Lunatic asylums in Bengal annual reports 1912-1924 - 1912-1924
Year: 1912
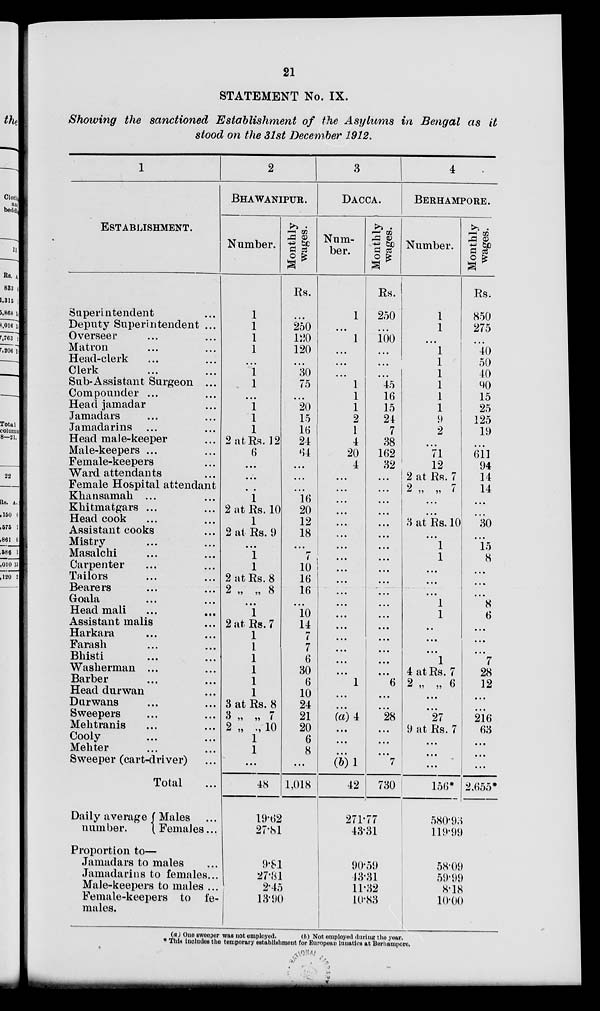
21
STATEMENT No. IX.
Showing the sanctioned Establishment of the Asylums in Bengal as it
stood on the 31st December 1912.
1
ESTABLISHMENT.
Superintendent ...
Deputy Superintendent ...
Overseer ... ...
Matron ... ...
Head-clerk ... ...
Clerk
...
...
Sub-Assistant Surgeon ...
Compounder ... ...
Head jamadar ... ...
Jamadars ... ...
Jamadarins ... ...
Head male-keeper ...
Male-keepers ... ...
Female-keepers ...
Ward attendants ...
Female Hospital attendant
Khansamah ... ...
Khitmatgars ... ...
Head cook ... ...
Assistant cooks ...
Mistry ... ...
Masalchi ... ...
Carpenter ... ...
Tailors ... ...
Bearers ... ...
Goala ... ...
Head mali ... ...
Assistant malis ...
Harkara
...
...
Farash ... ...
Bhisti ... ...
Washerman ... ...
Barber ... ...
Head durwan ...
Dnrwans ... ...
Sweepers ... ...
Mehtranis ... ...
Cooly ... ...
Mehter ... ...
Sweeper (cart-driver) ...
Total ...
Daily average
number.
Males ...
Females ...
Proportion to—
Jamadars to males ...
Jamadarins to females...
Male-keepers to males ...
Female-keepers to fe-
males.
2
BHAWANIPUR.
Number.
1
1
1
1
...
1
1
...
1
1
1
2 at Rs. 12
6
...
...
...
1
2 at Rs. 10
1
2 at Rs. 9
...
1
1
2 at Rs. 8
2 „ „ 8
...
1
2 at Rs. 7
1
1
1
1
1
1
3 at Rs. 8
3
„
„
7
2 „ „ 10
1
1
...
48
Monthly
wages.
Rs.
...
250
120
120
...
30
75
...
20
15
16
24
64
...
...
...
16
20
12
18
...
7
10
16
16
...
10
14
7
7
6
30
6
10
24
21
20
6
8
...
1,018
19.62
27.81
9.81
27.81
2.45
13.90
3
DACCA.
Num-
ber.
1
...
1
...
...
...
1
1
1
2
1
4
20
4
...
...
...
...
...
...
...
...
...
...
...
...
...
...
...
...
...
...
1
...
...
(a) 4
...
...
...
(b)1
42
Monthly
wages.
Rs.
250
...
100
...
...
...
45
16
15
24
7
38
162
32
...
...
...
...
...
...
...
...
...
...
...
...
...
...
...
...
...
...
6
...
...
28
...
...
...
7
730
271.77
43.31
90.59
43.31
11.32
10.83
4
BERHAMPORE.
Number.
1
1
...
1
1
1
1
1
1
9
2
...
71
12
2 at Rs. 7
2 „ „ 7
...
...
3 at Rs. 10
...
1
1
...
...
...
1
1
...
...
...
1
4 at Rs. 7
2 „ „ 6
...
...
27
9 at Rs. 7
...
...
...
156*
Monthly
wages.
Rs.
850
275
...
40
50
40
90
15
25
125
19
...
611
94
14
14
...
...
30
...
15
8
...
...
...
8
6
...
...
...
7
28
12
...
...
216
63
...
...
...
2,655*
580.93
119.99
58.09
59.99
8.18
10.00
(a) One sweeper was not employed.
(b) Not employed during the year.
* This includes the temporary establishment for European lunatics at Berhampore.